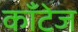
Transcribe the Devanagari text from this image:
काँटेज